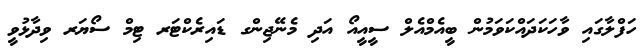
ހަފްލާގައި ވާހަކަދައްކަވަމުން ބީއެމްއެލް ސީއީއޯ އަދި މެނޭޖިންގ ޑައިރެކްޓަރ ޓިމް ސޯޔަރ ވިދާޅުވީ